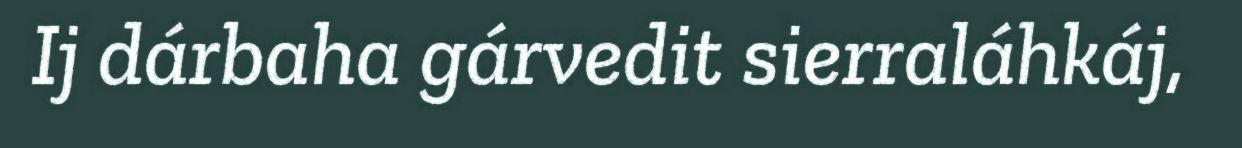
Ij dárbaha gárvedit sierraláhkáj,